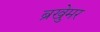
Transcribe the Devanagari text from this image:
ब्रुखेमर